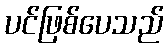
ပင်ဖြစ်ပေသည်